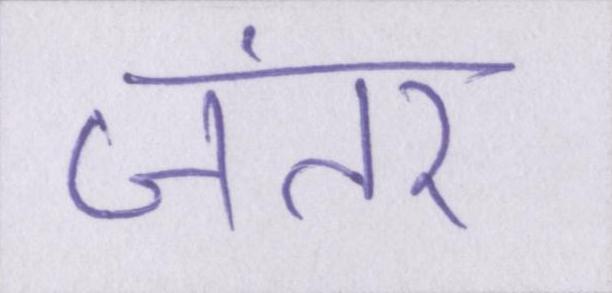
जंतर